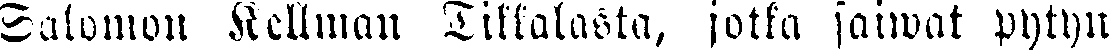
Salomon Kellman Tikkalasta, jotka saiwat pytyn